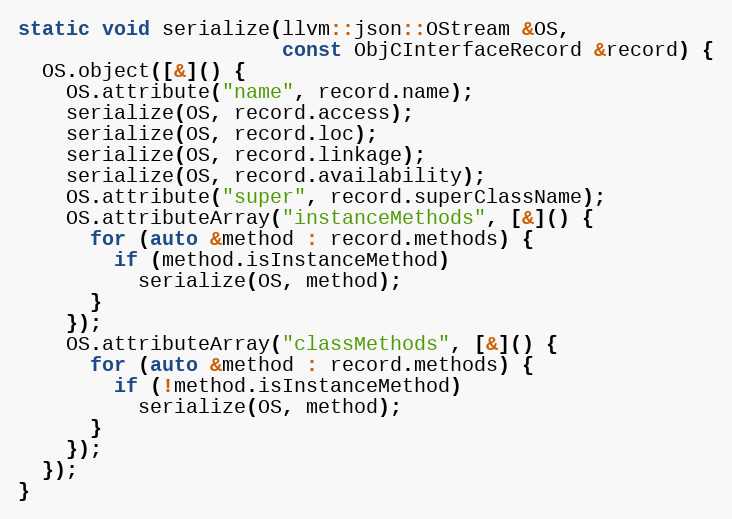
Language: C++
static void serialize(llvm::json::OStream &OS,
                      const ObjCInterfaceRecord &record) {
  OS.object([&]() {
    OS.attribute("name", record.name);
    serialize(OS, record.access);
    serialize(OS, record.loc);
    serialize(OS, record.linkage);
    serialize(OS, record.availability);
    OS.attribute("super", record.superClassName);
    OS.attributeArray("instanceMethods", [&]() {
      for (auto &method : record.methods) {
        if (method.isInstanceMethod)
          serialize(OS, method);
      }
    });
    OS.attributeArray("classMethods", [&]() {
      for (auto &method : record.methods) {
        if (!method.isInstanceMethod)
          serialize(OS, method);
      }
    });
  });
}